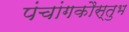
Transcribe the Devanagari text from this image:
पंचांगकौस्तुभ